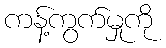
ကန့်ကွက်မှုကို